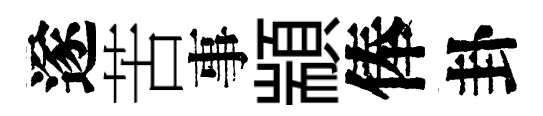
遂苦事顓俸卦